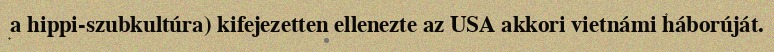
a hippi-szubkultúra) kifejezetten ellenezte az USA akkori vietnámi háborúját.